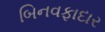
બિનવફાદાર